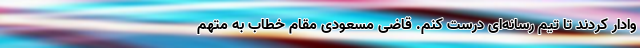
وادار کردند تا تیم رسانه‌ای درست کنم. قاضی مسعودی مقام خطاب به متهم